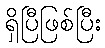
ရှိပြီဖြစ်ပြီး